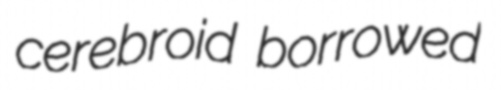
cerebroid borrowed